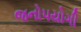
જનોપયોગી